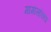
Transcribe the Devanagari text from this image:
मागासांच्या